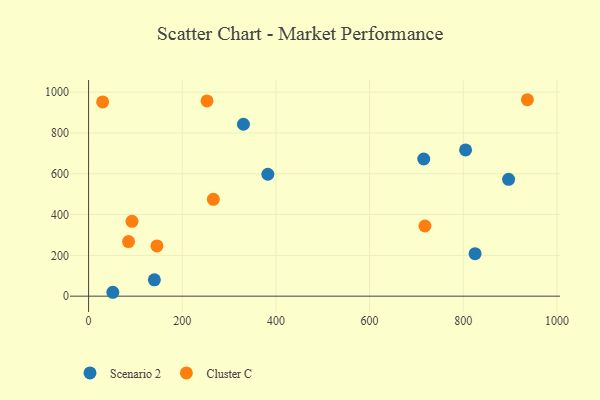
{"axis": {"x": "Distance", "y": "Demand"}, "legend": ["Cluster C", "Scenario 2"], "data": [{"x": "382.8", "y": 597.5, "type": "Scenario 2"}, {"x": "825.3", "y": 208.3, "type": "Scenario 2"}, {"x": "140.5", "y": 80.1, "type": "Scenario 2"}, {"x": "330.7", "y": 842.6, "type": "Scenario 2"}, {"x": "51.8", "y": 19.1, "type": "Scenario 2"}, {"x": "896.9", "y": 572.7, "type": "Scenario 2"}, {"x": "805.0", "y": 717.0, "type": "Scenario 2"}, {"x": "715.7", "y": 672.3, "type": "Scenario 2"}, {"x": "30.0", "y": 951.8, "type": "Cluster C"}, {"x": "85.3", "y": 267.4, "type": "Cluster C"}, {"x": "92.7", "y": 366.6, "type": "Cluster C"}, {"x": "146.0", "y": 246.1, "type": "Cluster C"}, {"x": "252.9", "y": 956.8, "type": "Cluster C"}, {"x": "718.2", "y": 344.0, "type": "Cluster C"}, {"x": "266.4", "y": 474.6, "type": "Cluster C"}, {"x": "937.0", "y": 962.8, "type": "Cluster C"}]}